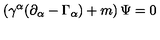
\left( \gamma ^ { \alpha } ( \partial _ { \alpha } - \Gamma _ { \alpha } ) + m \right) \Psi = 0